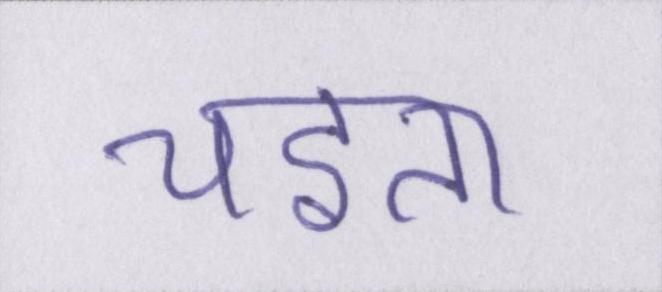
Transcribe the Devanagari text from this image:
चइता